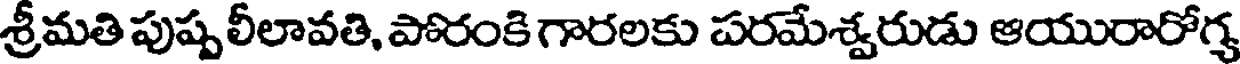
శ్రీమతి పుష్పలీలావతి, పోరంకి గారలకు పరమేశ్వరుడు ఆయురారోగ్య